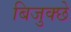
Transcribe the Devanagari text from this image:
बिजुक्छे